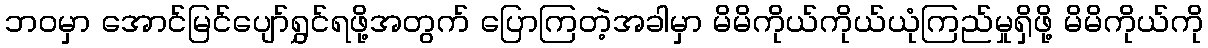
ဘဝမှာ အောင်မြင်ပျော်ရွှင်ရဖို့အတွက် ပြောကြတဲ့အခါမှာ မိမိကိုယ်ကိုယ်ယုံကြည်မှုရှိဖို့ မိမိကိုယ်ကို